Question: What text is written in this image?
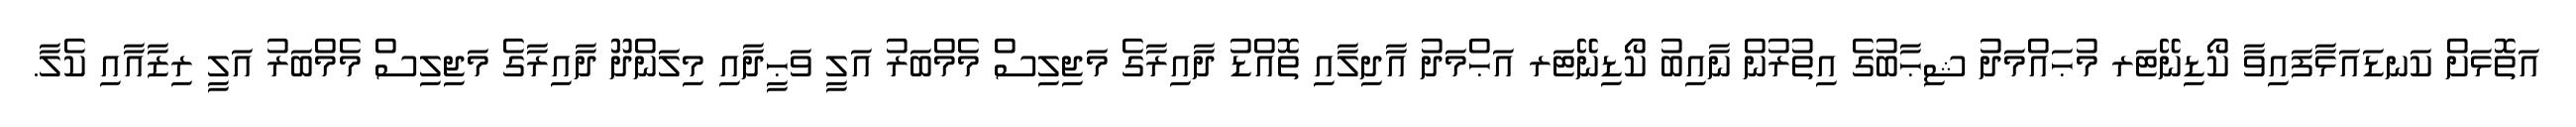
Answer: އަތޮޅަށް ކަނޑައަޅާފައިވާ ކޯޑިނޭޓަރ މުޙައްމަދު ޝިޙާބުގެ އިތުރުން ނާއިބު ކޯޑިނޭޓަރ އަޙްމަދު އާދިލާއި ތޮއްޑު ދާއިރާގެ މަޖިލިސް މެމްބަރު އަލީ ވަޙީދާއި މިލަންދޫ ދާއިރާގެ މަޖިލިސް މެމްބަރު އަލީ ރިޒާއާއި ކެލާ.